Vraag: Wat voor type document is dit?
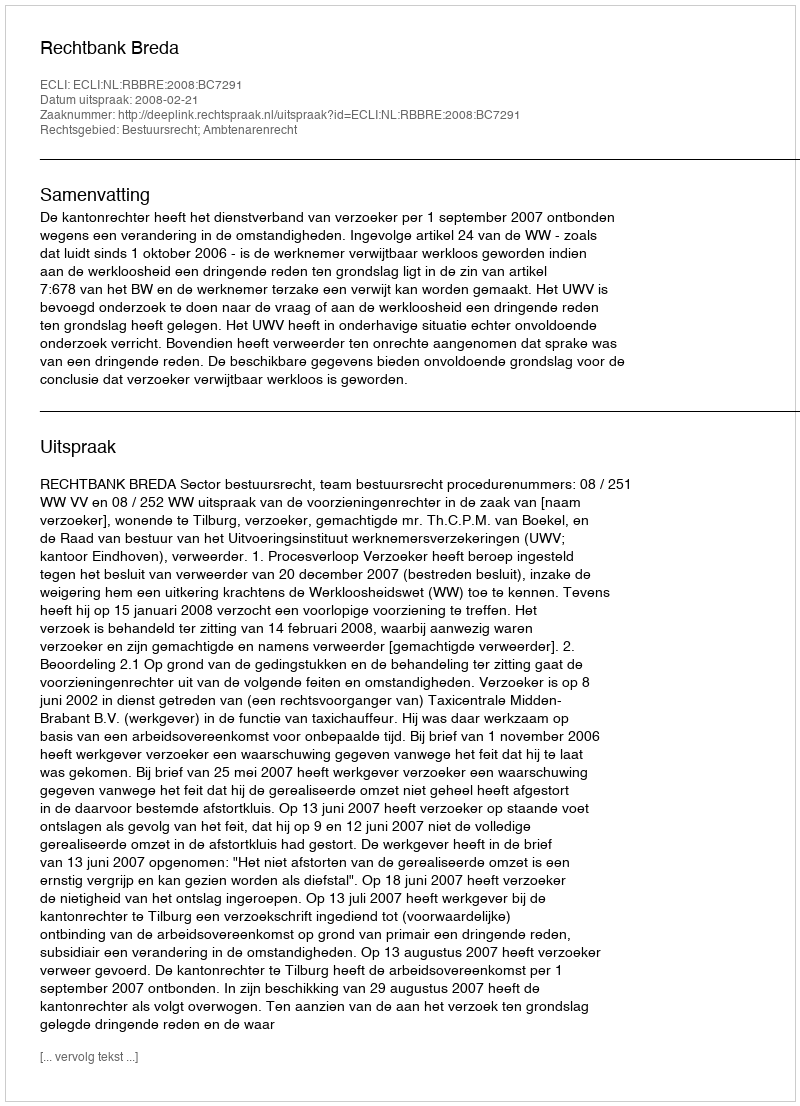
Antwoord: Uitspraak